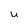
Character: u